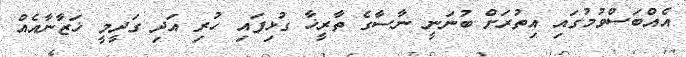
އެއްބަސްވުމުގައި އިތުރަށް ބުނަނީ ނާސާގެ ތާރީޚާ ގުޅިފައި ހުރި އަދި ގަދީމީ ޚަޒާނާއެއް